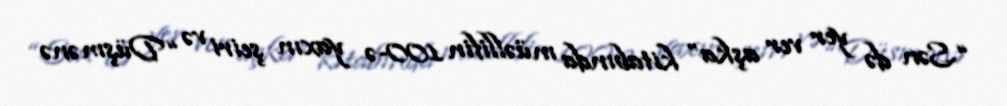
“Sən də yer ver aşka” kitabında müəllifin 100-ə yaxın şeiri və “Düşmənə